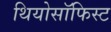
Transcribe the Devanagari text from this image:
थियोसॉफिस्ट